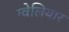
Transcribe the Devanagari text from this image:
ग्वेलियार